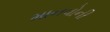
માનવોની